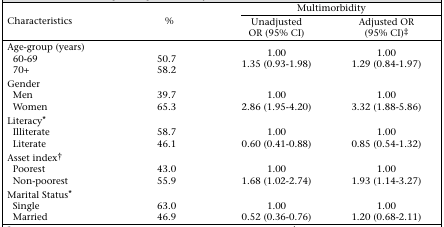
<table><thead><tr><td></td><td></td><td colspan="2"><b>Multimorbidity</b></td></tr><tr><td><b>Characteristics</b></td><td><b>%</b></td><td><b>Unadjusted OR (95% CI)</b></td><td><b>Adjusted OR (95% CI)‡</b></td></tr></thead><tbody><tr><td>Age-group (years)</td><td></td><td>1.00</td><td>1.00</td></tr><tr><td>60-69</td><td>50.7</td><td>1.35 (0.93-1.98)</td><td>1.29 (0.84-1.97)</td></tr><tr><td>70+</td><td>58.2</td><td></td><td></td></tr><tr><td>Gender</td><td></td><td></td><td></td></tr><tr><td>Men</td><td>39.7</td><td>1.00</td><td>1.00</td></tr><tr><td>Women</td><td>65.3</td><td>2.86 (1.95-4.20)</td><td>3.32 (1.88-5.86)</td></tr><tr><td>Literacy*</td><td></td><td></td><td></td></tr><tr><td>Illiterate</td><td>58.7</td><td>1.00</td><td>1.00</td></tr><tr><td>Literate</td><td>46.1</td><td>0.60 (0.41-0.88)</td><td>0.85 (0.54-1.32)</td></tr><tr><td>Asset index†</td><td></td><td></td><td></td></tr><tr><td>Poorest</td><td>43.0</td><td>1.00</td><td>1.00</td></tr><tr><td>Non-poorest</td><td>55.9</td><td>1.68(1.02-2.74)</td><td>1.93(1.14-3.27)</td></tr><tr><td>Marital Status*</td><td></td><td></td><td></td></tr><tr><td>Single</td><td>63.0</td><td>1.00</td><td>1.00</td></tr><tr><td>Married</td><td>46.9</td><td>0.52 (0.36-0.76)</td><td>1.20 (0.68-2.11)</td></tr></tbody></table>